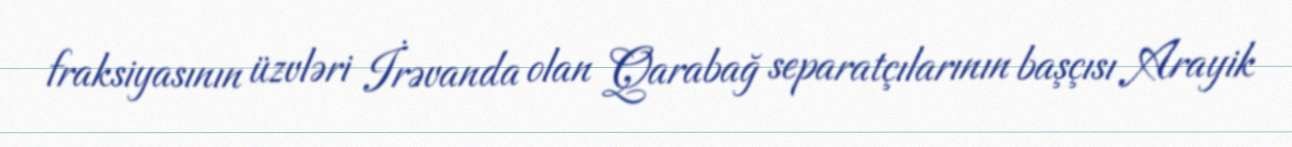
fraksiyasının üzvləri İrəvanda olan Qarabağ separatçılarının başçısı Arayik